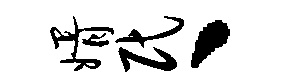
婿民丶